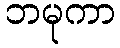
ဘမုကာ